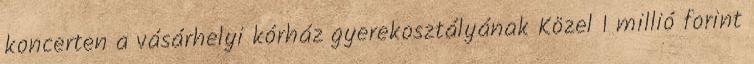
koncerten a vásárhelyi kórház gyerekosztályának Közel 1 millió forint